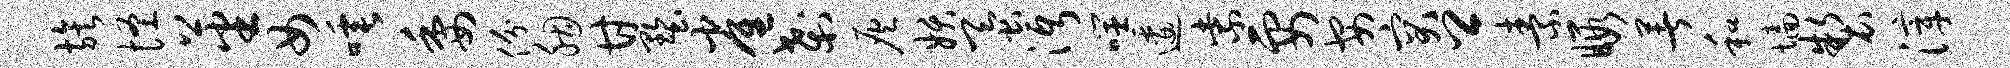
族怪蕃女唾委份胭甘墅雀刹灰妖蚕沔噬逶紫要安突卿素暇著和墙制滓